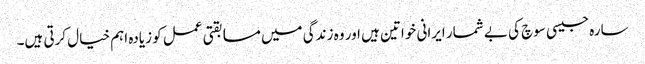
سارہ جیسی سوچ کی بے شمار ایرانی خواتین ہیں اور وہ زندگی میں مسابقتی عمل کو زیادہ اہم خیال کرتی ہیں۔